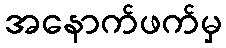
အနောက်ဖက်မှ